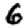
Digit: 6